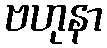
ဗဟုနာ